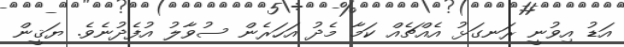
އަޑު އިވުނީ ރަނގަޅު އެއްޗެއް ކަމާ މެދު އަހަރެން ސުވާލު އުފެދުނެވެ. ޔަޤީން